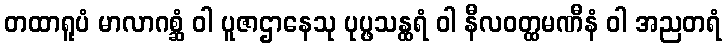
တထာရူပံ မာလာဂစ္ဆံ ဝါ ပူဇာဌာနေသု ပုပ္ဖသန္ထရံ ဝါ နီလဝတ္ထမဏီနံ ဝါ အညတရံ